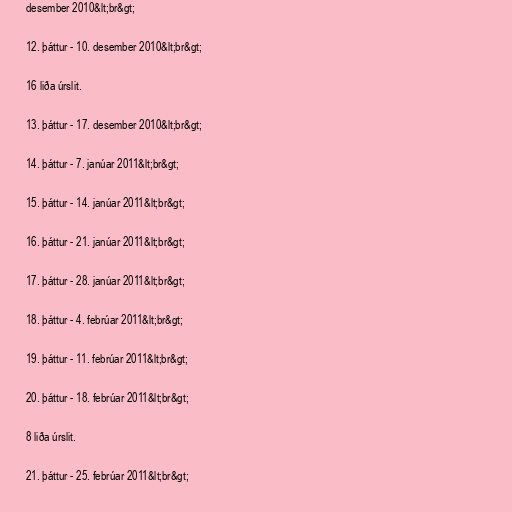
desember 2010&lt;br&gt;

12. þáttur - 10. desember 2010&lt;br&gt;

16 liða úrslit.

13. þáttur - 17. desember 2010&lt;br&gt;

14. þáttur - 7. janúar 2011&lt;br&gt;

15. þáttur - 14. janúar 2011&lt;br&gt;

16. þáttur - 21. janúar 2011&lt;br&gt;

17. þáttur - 28. janúar 2011&lt;br&gt;

18. þáttur - 4. febrúar 2011&lt;br&gt;

19. þáttur - 11. febrúar 2011&lt;br&gt;

20. þáttur - 18. febrúar 2011&lt;br&gt;

8 liða úrslit.

21. þáttur - 25. febrúar 2011&lt;br&gt;